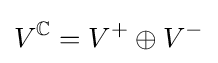
V^{\mathbb {C} }=V^{+}\oplus V^{-}